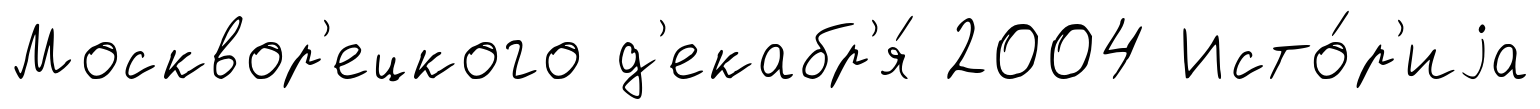
Москвор'ецкого д'екабр'я́ 2004 Исто́р'иjа